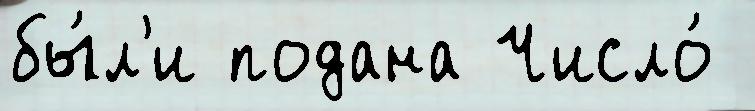
бы́л'и подана Число́